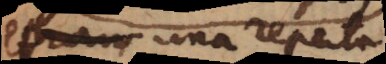
et una reperta